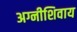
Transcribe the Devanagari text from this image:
अग्नीशिवाय